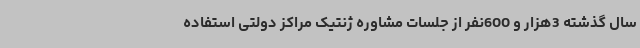
سال گذشته 3هزار و 600نفر از جلسات مشاوره ژنتیک مراکز دولتی استفاده